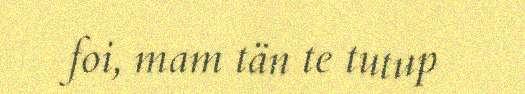
foi, mam tän te tutup